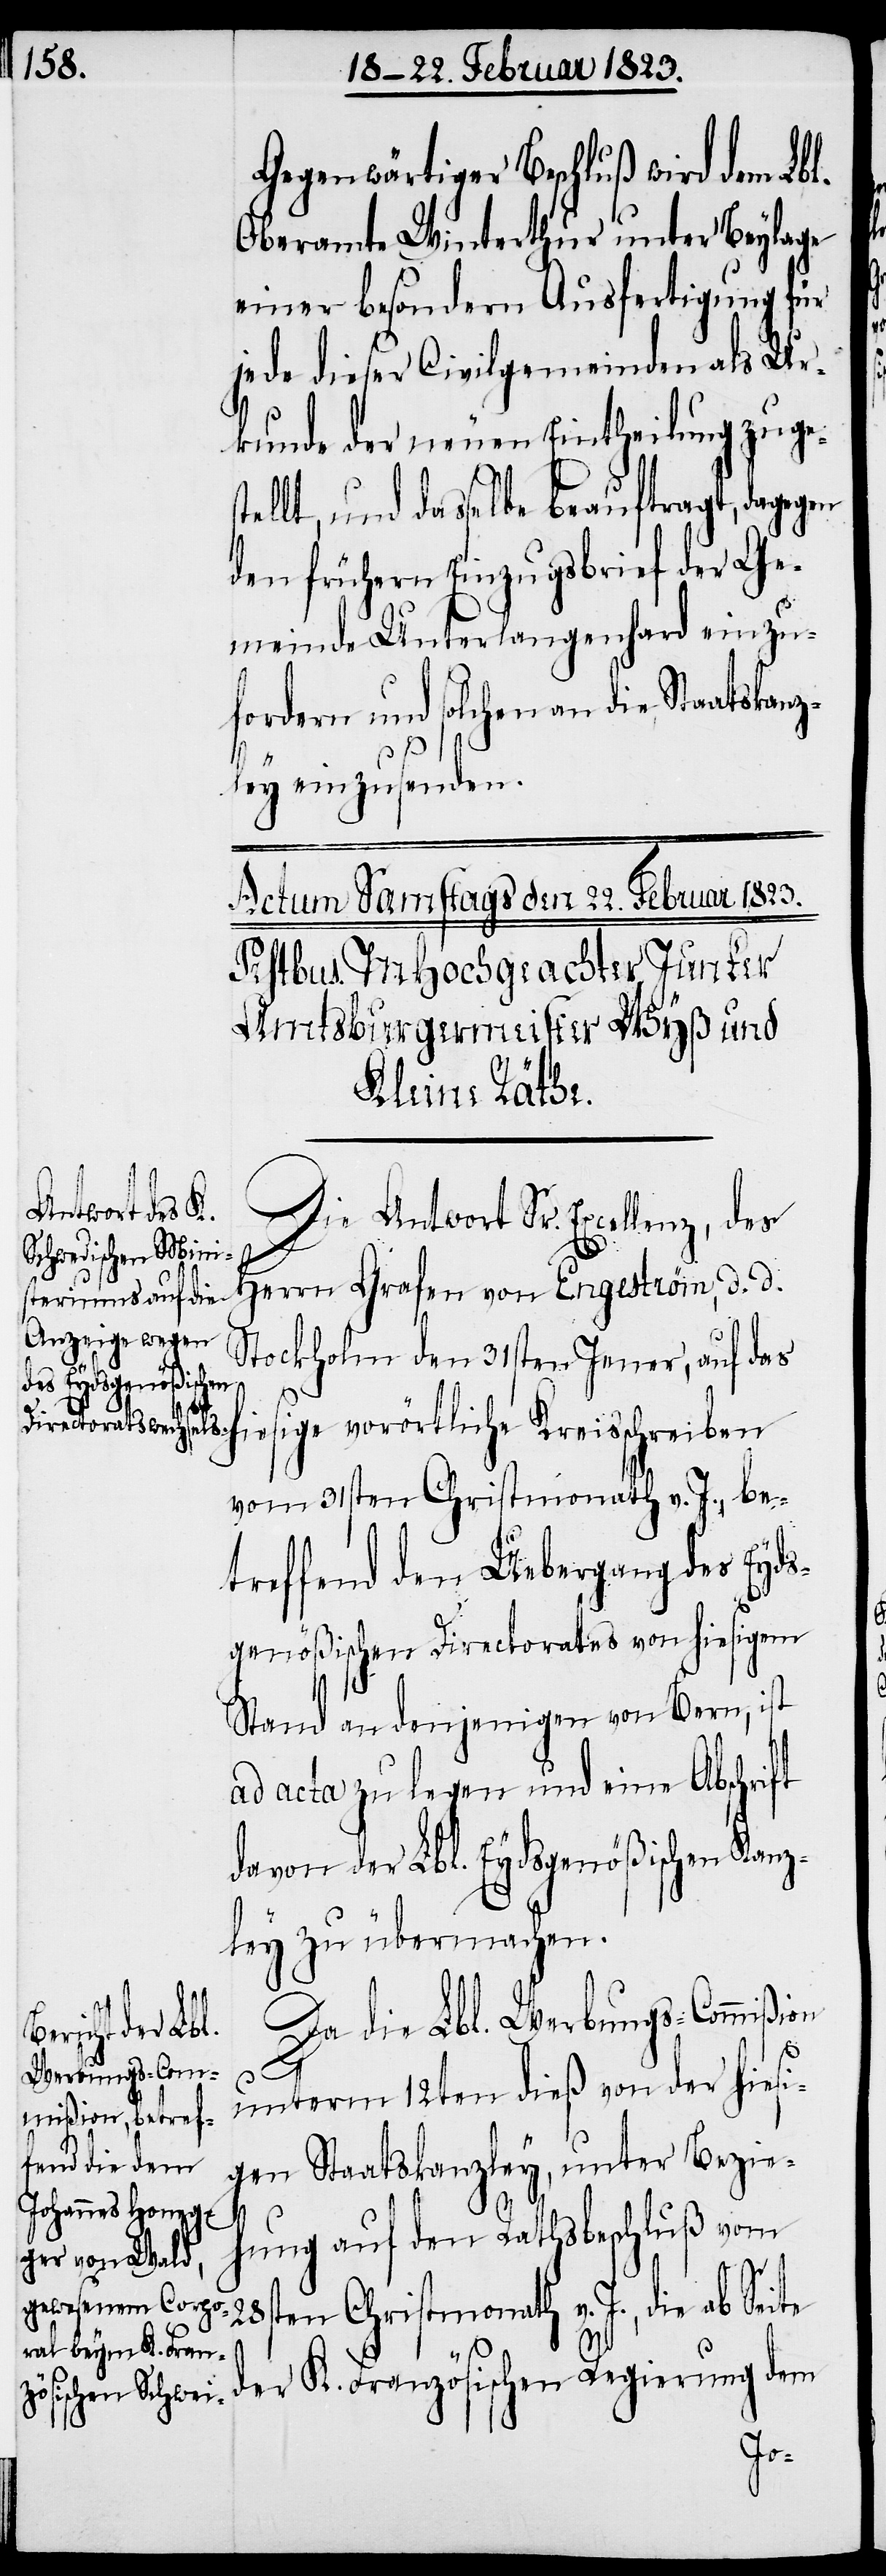
Gegenwärtiger Beschluß wird dem Lbl.
Oberamte Winterthur unter Beylage
einer besondern Ausfertigung für
jede dieser Civilgemeinden als Ur¬
kunde der neuen Eintheilung zuge¬
ellt, und dasselbe beauftragt, dagegen
den frühern Einzugsbrief der Ge¬
meinde Unterlangenhard einzu¬
fordern und solchen an die Staatskanz¬
ley einzusenden.
Die Antwort Sr. Excellenz, des
Herrn Grafen von Engeström, d. d.
Stockholm den 31sten Jenner, auf das
hiesige vorörtliche Kreisschreiben
vom 31sten Christmonath v. J., be¬
treffend den Uebergang des Eyds¬
genößischen Directorates von hiesigem
Stand an denjenigen von Bern, ist
ad acta zu legen und eine Abschrift
davon der Lbl. Eydsgenößischen Kanz¬
ley zu übermachen.
Da die Lbl. Werbungs-Commißion
st¬
unterm 12sten dieß von der hiesi¬
gen Staatskanzley, unter Bezie¬
hung auf den Rathsbeschluß vom
28sten Christmonath v. J., die ab Seite
der K. Französischen Regierung dem